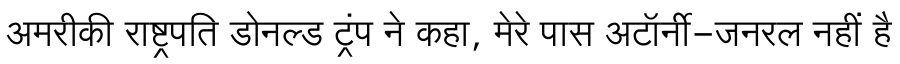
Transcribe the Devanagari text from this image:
अमरीकी राष्ट्रपति डोनल्ड ट्रंप ने कहा, मेरे पास अटॉर्नी-जनरल नहीं है